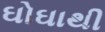
ઘોઘાથી